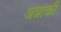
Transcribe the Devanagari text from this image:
अन्नाकी